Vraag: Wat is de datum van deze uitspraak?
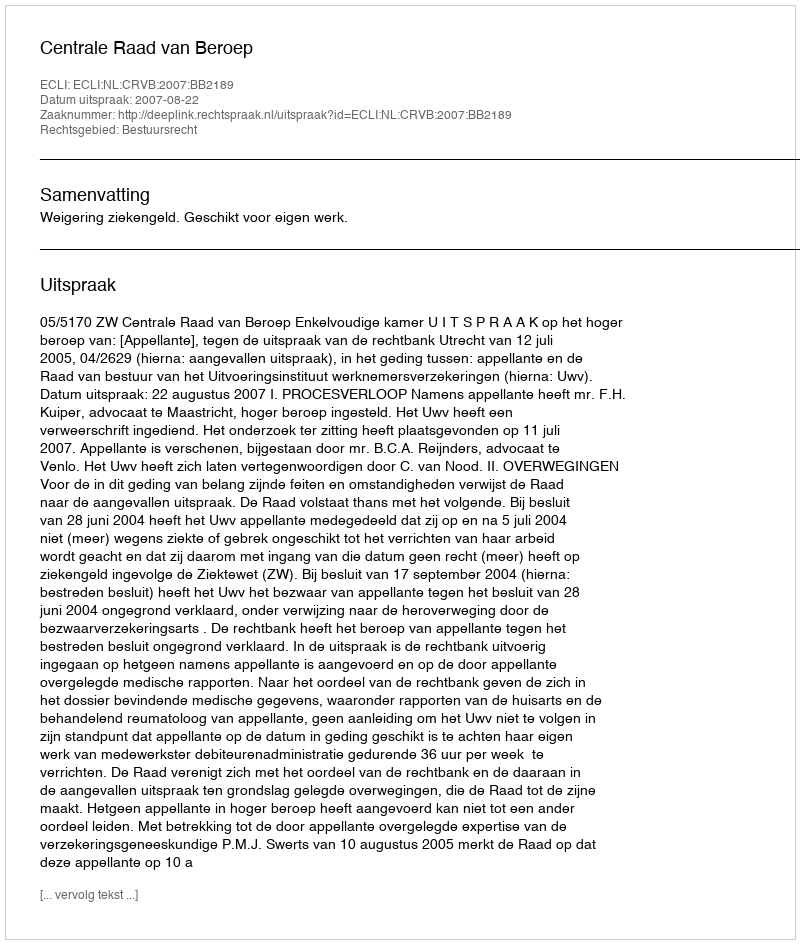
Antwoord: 2007-08-22